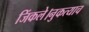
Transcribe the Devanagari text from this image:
जिंकले।नुकत्याच